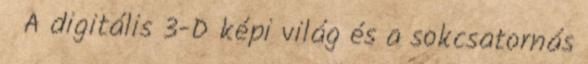
A digitális 3-D képi világ és a sokcsatornás